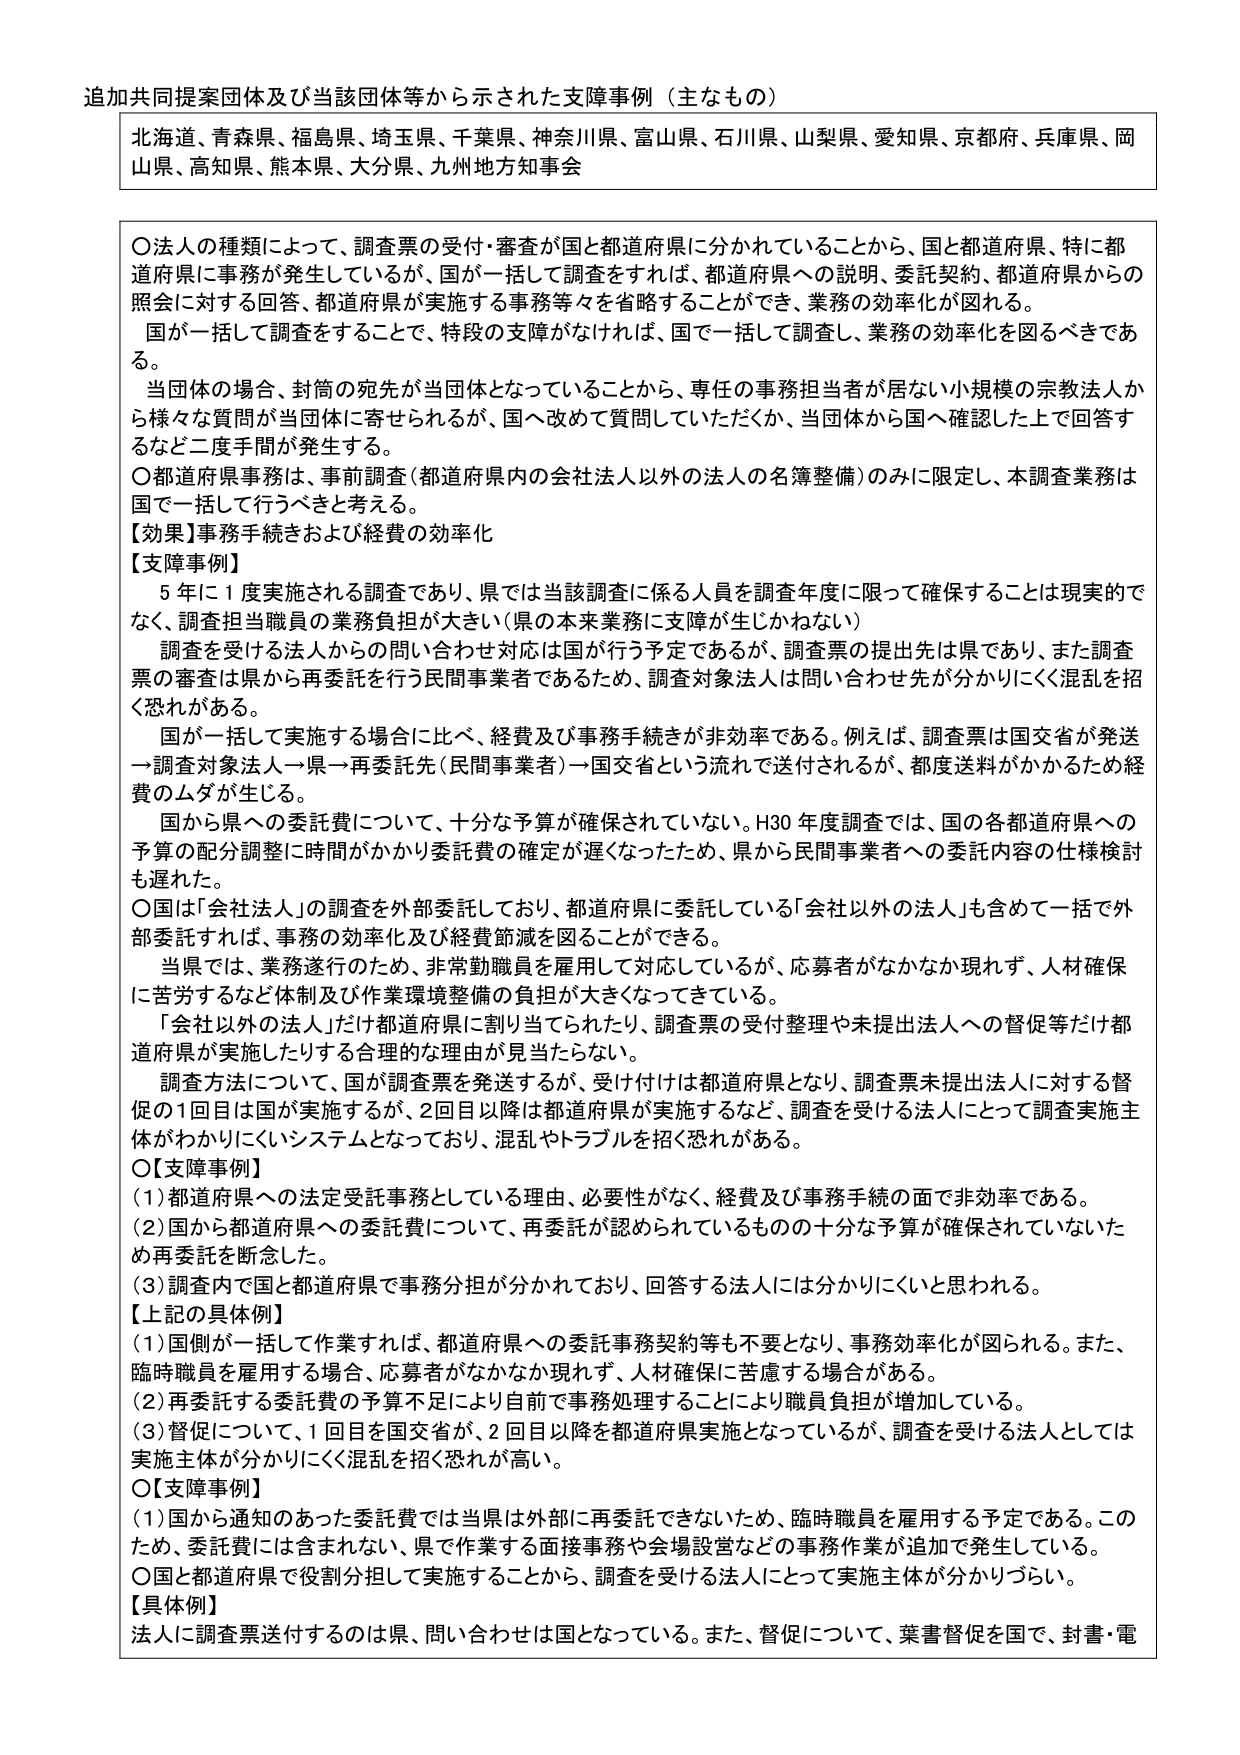
追加共同提案団体及び当該団体等から示された支障事例（主なもの）

北海道、青森県、福島県、埼玉県、千葉県、神奈川県、富山県、石川県、山梨県、愛知県、京都府、兵庫県、岡山県、高知県、熊本県、大分県、九州地方知事会

〇法人の種類によって、調査票の受付・審査が国と都道府県に分かれていることから、国と都道府県、特に都道府県に事務が発生しているが、国が一括して調査をすれば、都道府県への説明、委託契約、都道府県からの照会に対する回答、都道府県が実施する事務等々を省略することができ、業務の効率化が図れる。
国が一括して調査をすることで、特段の支障がなければ、国で一括して調査し、業務の効率化を図るべきである。
当団体の場合、封筒の宛先が当団体となっていることから、専任の事務担当者が居ない小規模の宗教法人から様々な質問が当団体に寄せられるが、国へ改めて質問していただくか、当団体から国へ確認した上で回答するなど二度手間が発生する。
〇都道府県事務は、事前調査（都道府県内の会社法人以外の法人の名簿整備）のみに限定し、本調査業務は国で一括して行うべきと考える。
【効果】事務手続きおよび経費の効率化
【支障事例】
5年に1度実施される調査であり、県では当該調査に係る人員を調査年度に限って確保することは現実的でなく、調査担当職員の業務負担が大きい（県の本来業務に支障が生じかねない）
調査を受ける法人からの問い合わせ対応は国が行う予定であるが、調査票の提出先は県であり、また調査票の審査は県から再委託を行う民間事業者であるため、調査対象法人は問い合わせ先が分かりにくく混乱を招く恐れがある。
国が一括して実施する場合に比べ、経費及び事務手続きが非効率である。例えば、調査票は国交省が発送→調査対象法人→県→再委託先（民間事業者）→国交省という流れで送付されるが、都度送料がかかるため経費のムダが生じる。
国から県への委託費について、十分な予算が確保されていない。H30年度調査では、国の各都道府県への予算の配分調整に時間がかかり委託費の確定が遅くなったため、県から民間事業者への委託内容の仕様検討も遅れた。
〇国は「会社法人」の調査を外部委託しており、都道府県に委託している「会社以外の法人」も含めて一括で外部委託すれば、事務の効率化及び経費節減を図ることができる。
当県では、業務遂行のため、非常勤職員を雇用して対応しているが、応募者がなかなか現れず、人材確保に苦労するなど体制及び作業環境整備の負担が大きくなってきている。
「会社以外の法人」だけ都道府県に割り当てられたり、調査票の受付整理や未提出法人への督促等だけ都道府県が実施したりする合理的な理由が見当たらない。
調査方法について、国が調査票を発送するが、受け付けは都道府県となり、調査票未提出法人に対する督促の1回目は国が実施するが、2回目以降は都道府県が実施するなど、調査を受ける法人にとって調査実施主体がわかりにくいシステムとなっており、混乱やトラブルを招く恐れがある。
〇【支障事例】
（1）都道府県への法定受託事務としている理由、必要性がなく、経費及び事務手続の面で非効率である。
（2）国から都道府県への委託費について、再委託が認められているものの十分な予算が確保されていないため再委託を断念した。
（3）調査内で国と都道府県で事務分担が分かれており、回答する法人には分かりにくいと思われる。
【上記の具体例】
（1）国側が一括して作業すれば、都道府県への委託事務契約等も不要となり、事務効率化が図られる。また、臨時職員を雇用する場合、応募者がなかなか現れず、人材確保に苦慮する場合がある。
（2）再委託する委託費の予算不足により自前で事務処理することにより職員負担が増加している。
（3）督促について、1回目を国交省が、2回目以降を都道府県実施となっているが、調査を受ける法人としては実施主体が分かりにくく混乱を招く恐れが高い。
〇【支障事例】
（1）国から通知のあった委託費では当県は外部に再委託できないため、臨時職員を雇用する予定である。このため、委託費には含まれない、県で作業する直接事務や会場設営などの事務作業が追加で発生している。
〇国と都道府県で役割分担して実施することから、調査を受ける法人にとって実施主体が分かりづらい。
【具体例】
法人に調査票送付するのは県、問い合わせは国となっている。また、督促について、葉書督促を国で、封書・電